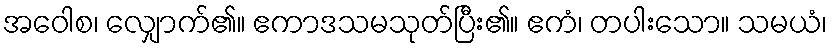
အဝေါစ၊ လျှောက်၏။ ဧကာဒသမသုတ်ပြီး၏။ ဧကံ၊ တပါးသော။ သမယံ၊